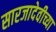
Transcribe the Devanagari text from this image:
सारजादेवीच्या